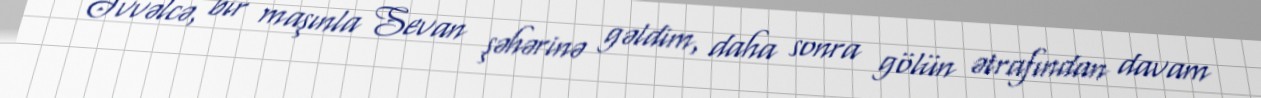
Əvvəlcə, bir maşınla Sevan şəhərinə gəldim, daha sonra gölün ətrafından davam